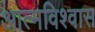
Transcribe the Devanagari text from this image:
आत्‍मविश्‍वास